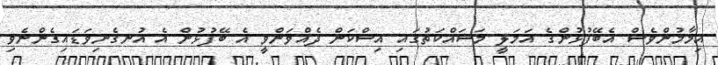
އިމާމުންވެސް އެބޭފުޅުންގެ އަމަލީ މަސައްކަތުގައި އިސްކަން ދެއްވަންވީ އެ ބޭފުޅުން އެ އުނގެނިވަޑައިގެންނެވި